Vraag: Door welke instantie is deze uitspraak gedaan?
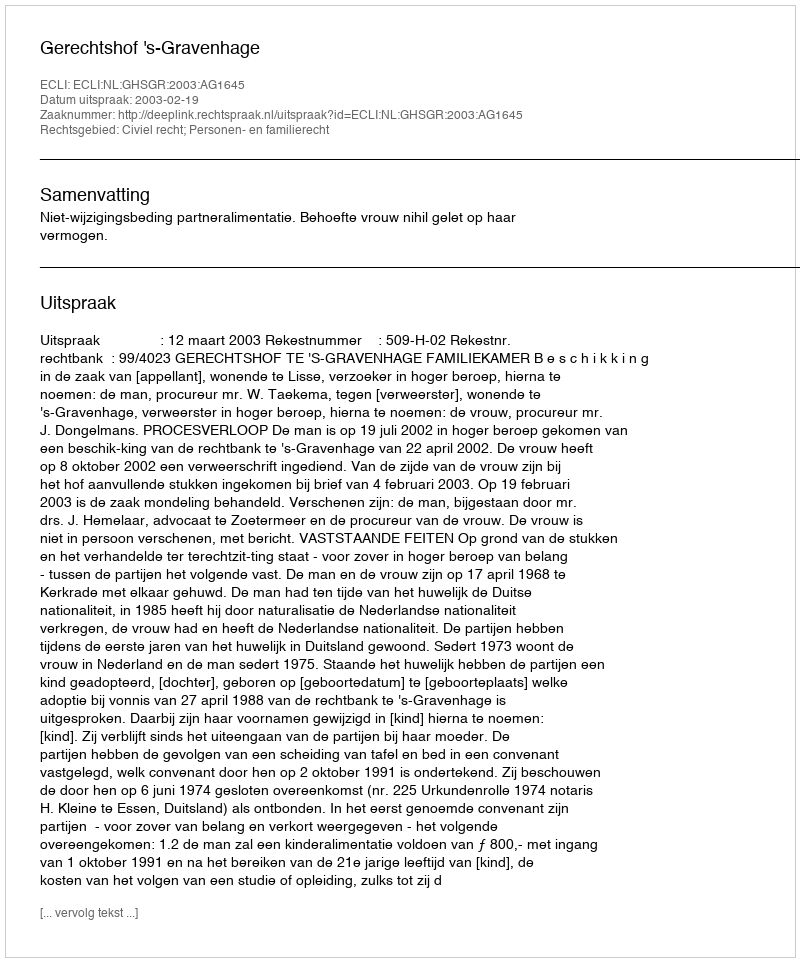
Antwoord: Gerechtshof 's-Gravenhage